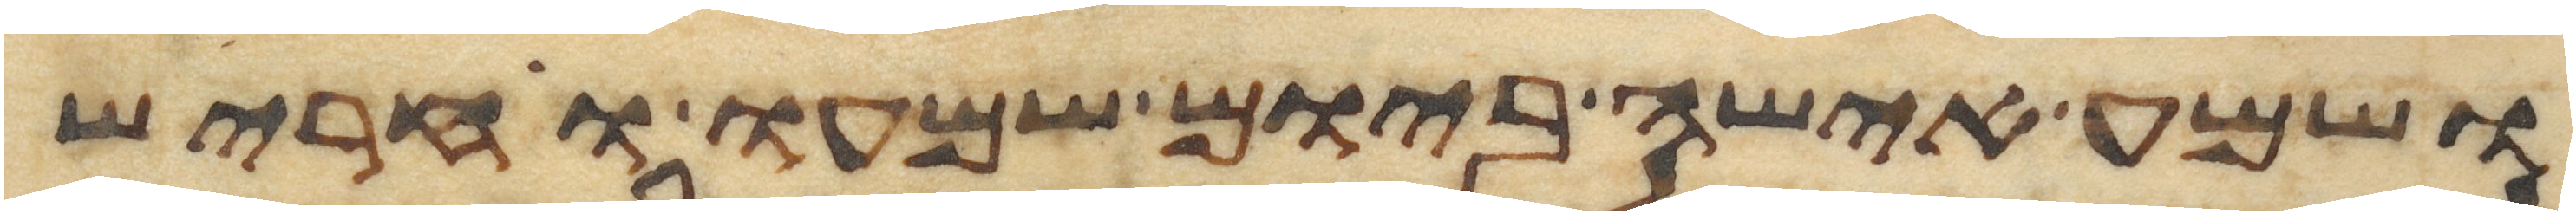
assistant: ושמע אישה ביום שמעו וחריש